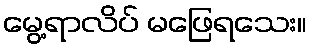
မွေ့ရာလိပ် မဖြေရသေး။